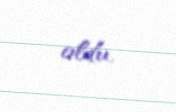
oldu.